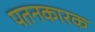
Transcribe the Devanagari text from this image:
पतनकारक